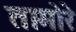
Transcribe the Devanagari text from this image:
तामोरे